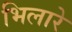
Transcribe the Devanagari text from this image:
भिलारे